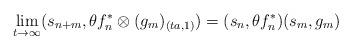
LaTeX: \begin{align*}\lim_{t \rightarrow \infty }(s_{n + m},\theta f_{n}^{\ast }\otimes (g_{m})_{(ta,1)}) =(s_{n},\theta f_{n}^{\ast })(s_{m},g_{m})\end{align*}